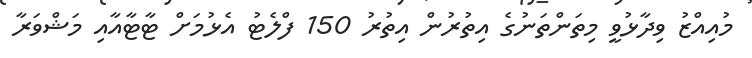
މުއިއްޒު ވިދާޅުވީ މިތަންތަނުގެ އިތުރުން އިތުރު 150 ފްލެޓު އެޅުމަށް ޓާޓާއާއި މަޝްވަރާ